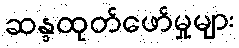
ဆန္ဒထုတ်ဖော်မှုများ